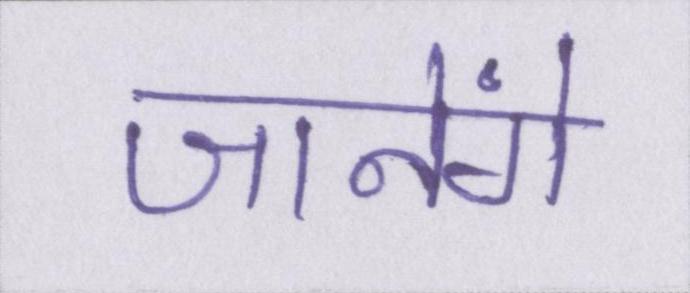
जानेंगे